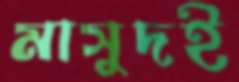
মাসুদই